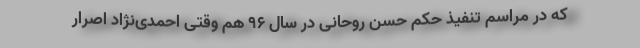
که در مراسم تنفیذ حکم حسن روحانی در سال 96 هم وقتی احمدی‌نژاد اصرار